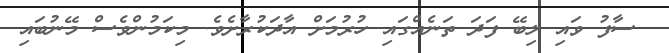
ސާފު ވައި ލިބޭ ފަދަ ތަނެއްގައި ހުރުމަށް އާދަކުރާށެވެ. މިކަމުންވެސް މޭނުބައި